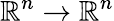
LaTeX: \mathbb{R}^{n}\to\mathbb{R}^{n}